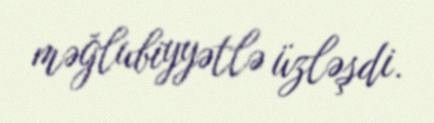
məğlubiyyətlə üzləşdi.